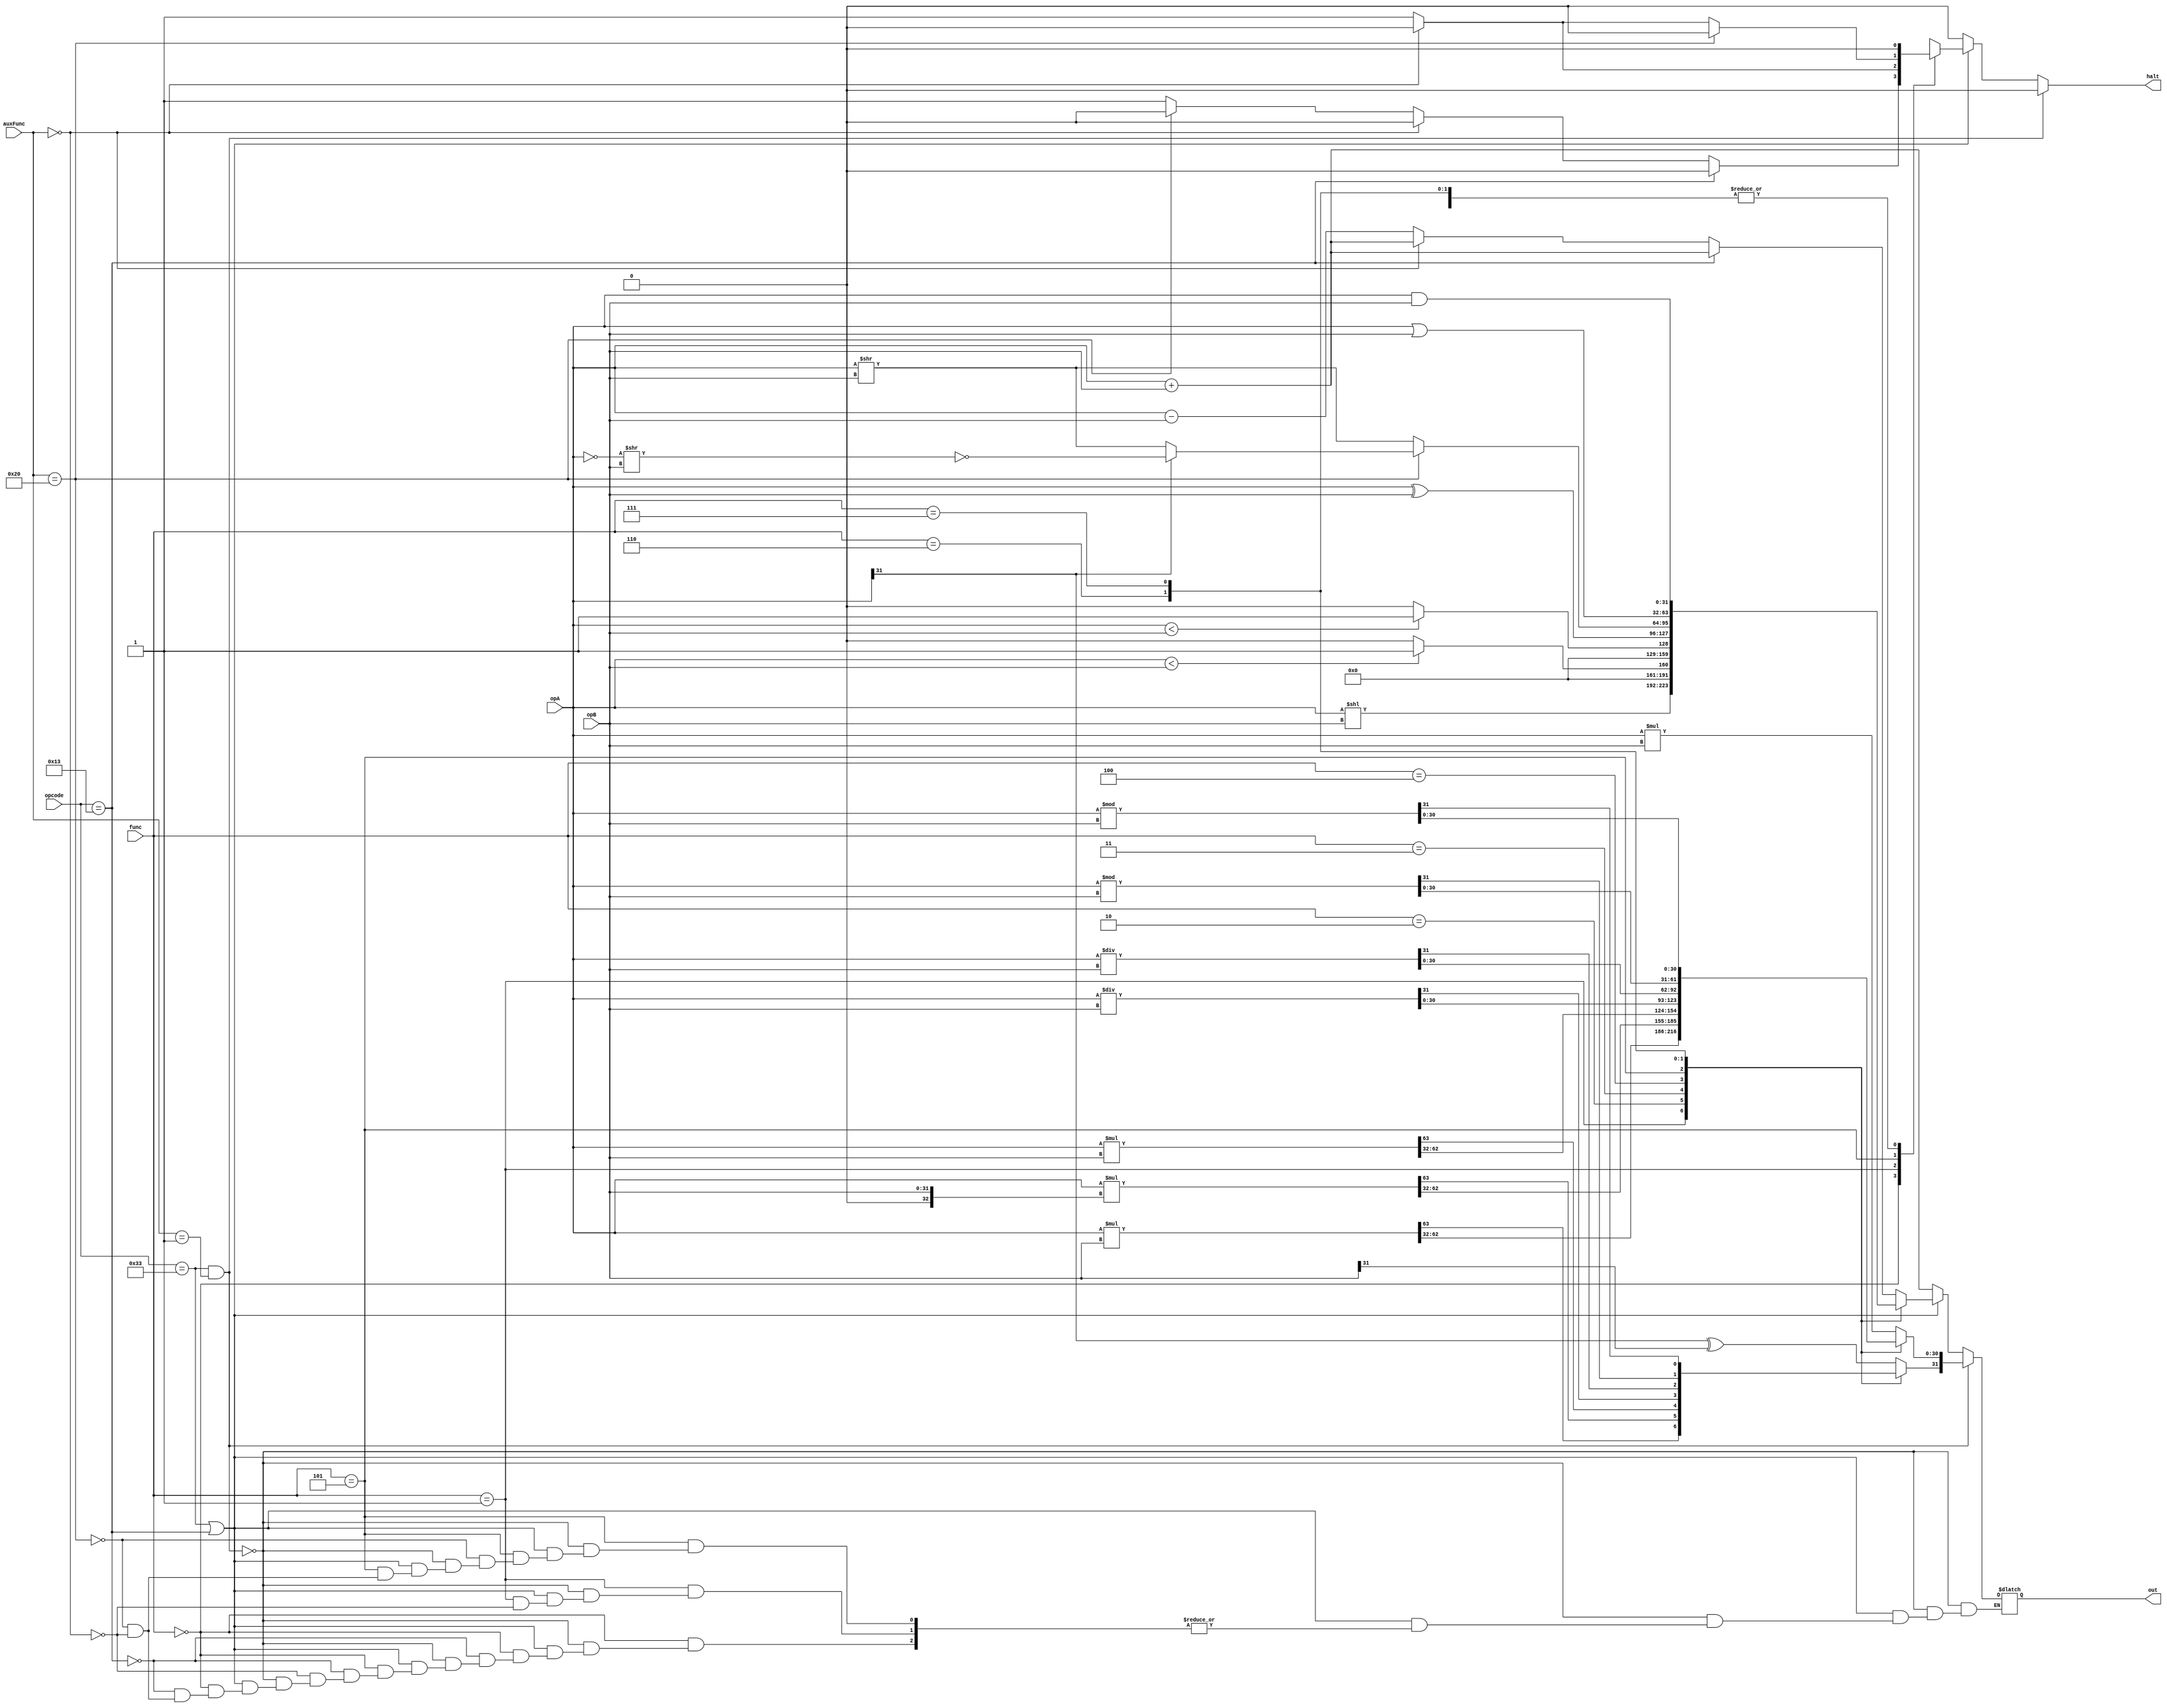
//
// defines
//

// size codes
`define SIZE_BYTE  2'b00
`define SIZE_HWORD 2'b01
`define SIZE_WORD  2'b10

// opcode types
`define OPCODE_COMPUTE    7'b0110011
`define OPCODE_ICOMPUTE   7'b0010011
`define OPCODE_BRANCH     7'b1100011
`define OPCODE_LOAD       7'b0000011
`define OPCODE_STORE      7'b0100011 
`define OPCODE_JAL        7'b1101111
`define OPCODE_JALR       7'b1100111
`define OPCODE_LUI        7'b0110111
`define OPCODE_AUIPC      7'b0010111

// immediate types
`define R_IMM 3'b000
`define I_IMM 3'b001
`define S_IMM 3'b010
`define B_IMM 3'b011
`define U_IMM 3'b100
`define J_IMM 3'b101
`define SI_IMM 3'b110

// branch Y/N
`define BR_FALSE 1'b0
`define BR_TRUE 1'b1

// writeback select codes
`define WB_ALU 2'b00
`define WB_MEM 2'b01
`define WB_PC4 2'b10
`define WB_IMM 2'b11
`define WB_UNDEF 2'bxx

// ALU select codes
`define ALU_A_REG 1'b0
`define ALU_A_PC  1'b1
`define ALU_B_REG 1'b0
`define ALU_B_IMM 1'b1

// PC source codes
`define PC_PCPLUS4 1'b0
`define PC_ALUOUT 1'b1

// Load size/type codes
`define LOAD_BYTE 3'b000
`define LOAD_HALF 3'b001
`define LOAD_WORD 3'b010
`define LOAD_BYTE_U 3'b100
`define LOAD_HALF_U 3'b101

// 
// ArithmeticLogicUnit
// in - opcode, opA, opB, funct3, funct7
// out - out, halt
module ArithmeticLogicUnit(opcode, opA, opB, func, auxFunc, out, halt);
    output reg [31:0] out;
    reg [63:0] mulout;
    output reg halt;
    input [6:0] opcode;
    input [31:0] opA, opB;
    input [2:0] func;
    input [6:0] auxFunc;

    wire signed [31:0] sopA, sopB;
    assign sopA = opA;
    assign sopB = opB;

    always @(*) begin
        halt = 1'b0; // default no halt
        if (opcode == `OPCODE_COMPUTE && auxFunc == 7'b0000001) begin 
            case (func)
                3'b000: begin 
                        out = {sopA * sopB};
                        out[31] = sopA[31] ^ sopB[31];
                end
                3'b001: begin 
                        mulout = sopA * sopB;
                        out = mulout[63:32];
                end
                3'b010: begin 
                    
                        mulout = sopA * $signed({32'b0, opB});
                        out = mulout[63:32];
                end
                3'b011: begin 
                        mulout = opA * opB;
                        out = mulout[63:32];
                end
                3'b100: out = sopA / sopB;
                3'b101: out = opA / opB;
                3'b110: out = sopA % sopB;
                3'b111: out = opA % opB;
                default: begin 
                    halt <= 1'b1;
                    out = 32'b0;
                end
            endcase
        end else if (opcode == `OPCODE_COMPUTE || opcode == `OPCODE_ICOMPUTE) begin
            case(func)
                3'b000: 
                    if (opcode == `OPCODE_ICOMPUTE)
                        out = opA + opB; // addi
                    else if (auxFunc == 7'h00)
                        out = opA + opB; // add
                    else if (auxFunc == 7'h20)
                        out = opA - opB; // sub 
                    else
                        halt = 1'b1; // invalid auxFunc
                3'b001: 
                    if(auxFunc == 7'h00)
                        out = opA << opB; // sll
                    else
                        halt = 1'b1; // invalid auxFunc
                3'b010: out = (sopA < sopB) ? 1 : 0; // slt
                3'b011: out = (opA < opB) ? 1 : 0; // sltu
                3'b100: out = opA ^ opB; // xor
                3'b101: // srl or sra
                    if(auxFunc == 7'h20) // sra
                        //out = sopA >>> opB; this works according to google but not with every compiler
                            out = (opA[31] == 1'b0) ? (opA >> opB) : (~(~opA >> opB));
                    else if (auxFunc == 7'h00) // srl
                        out = opA >> opB; 
                    else
                        halt = 1'b1; // invalid auxFunc
                3'b110: out = opA | opB; // or
                3'b111: out = opA & opB; // and
                default:
                    if (opcode == `OPCODE_COMPUTE && auxFunc != 7'h00)
                        halt = 1'b1; // invalid auxFunc (doesn't apply to i-type)
                    else
                        out = opA + opB; // default add
            endcase
        end
        else 
            out = opA + opB; // default add for all other instruction types
    end
endmodule

// Branch Unit
// in - opA, opB, funct3, opcode
// out - out, halt
// outputs 1 if branch is taken, 0 if not
module BranchUnit(opA, opB, funct3, opcode, out, halt);
  input [31:0] opA, opB;
  input [2:0] funct3;
  input [6:0] opcode;
  output reg out;
  output reg halt;

  wire signed [31:0] sopA, sopB;
  assign sopA = opA;
  assign sopB = opB;

  always @(*) begin
    halt = 1'b0;
    if (opcode == `OPCODE_JAL || opcode == `OPCODE_JALR) 
        out = `BR_TRUE; // if jal or jalr, always branch (jump)
        else if (opcode == `OPCODE_BRANCH)
            begin
                case(funct3)
                3'b000: out = (opA == opB) ? `BR_TRUE : `BR_FALSE; // beq
                3'b001: out = (opA != opB) ? `BR_TRUE : `BR_FALSE; // bne
                3'b100: out = (sopA < sopB) ? `BR_TRUE : `BR_FALSE; // blt
                3'b101: out = (sopA >= sopB) ? `BR_TRUE : `BR_FALSE; // bge
                3'b110: out = (opA < opB) ? `BR_TRUE : `BR_FALSE; // bltu
                3'b111: out = (opA >= opB) ? `BR_TRUE : `BR_FALSE; // bgeu
                default: 
                    if (opcode == `OPCODE_BRANCH)
                    halt = 1'b1; // if branch opcode but not a valid br instruction, halt
                    else
                    out = `BR_FALSE; // default
                endcase
            end
    else 
        out = `BR_FALSE; // default
  end
endmodule // Branch Unit

//
// ControlUnit
// in - opcode, funct3
// out - PCSel, ImmSel, RWrEn, ALUsrcA, ALUsrcB, MemWrEn, WBSel, halt
module ControlUnit(opcode, funct3, ImmSel, WBSel, PCSel, 
                    RWrEn, ALUsrcA, ALUsrcB, MemWrEn, LoadType, MemSize, halt);
    input [6:0] opcode;
    input [2:0] funct3;
    output reg [2:0] ImmSel, LoadType;
    output reg [1:0] WBSel, MemSize;
    output reg PCSel, RWrEn, ALUsrcA, ALUsrcB, MemWrEn;
    output reg halt;

    always @(*) begin
        halt = 1'b0; 
        case(opcode)
            `OPCODE_COMPUTE: // R-type instructions
                begin
                    PCSel = `PC_PCPLUS4; // PC source is PC+4
                    ImmSel = `R_IMM; // no immediate, 0s
                    RWrEn = 1'b0; // register write enabled
                    ALUsrcA = `ALU_A_REG; // ALU source A is register
                    ALUsrcB = `ALU_B_REG; // ALU source B is register
                    MemWrEn = 1'b1; // mem write disabled
                    WBSel = `WB_ALU; // write back ALU to register
                end
            `OPCODE_ICOMPUTE: // I-type instructions
                begin
                    PCSel = `PC_PCPLUS4; // PC source is PC+4
                    if (funct3 == 3'b001 || funct3 == 3'b101)
                        ImmSel = `SI_IMM; // I-type immediate for shifts
                    else
                        ImmSel = `I_IMM; // I-type immediate
                    RWrEn = 1'b0; // register write enabled
                    ALUsrcA = `ALU_A_REG; // ALU source A is register
                    ALUsrcB = `ALU_B_IMM; // ALU source B is immediate
                    MemWrEn = 1'b1; // mem write disabled
                    WBSel = `WB_ALU; // write back ALU to register
                end
            `OPCODE_LOAD: // Load instructions
                begin
                    PCSel = `PC_PCPLUS4; // PC source is PC+4
                    ImmSel = `I_IMM; // I-type immediate
                    RWrEn = 1'b0; // register write enabled
                    ALUsrcA = `ALU_A_REG; // ALU source A is register
                    ALUsrcB = `ALU_B_IMM; // ALU source B is immediate
                    MemWrEn = 1'b1; // mem write disabled
                    WBSel = `WB_MEM; // write back memory to register
                    LoadType = funct3;
                    case(funct3)
                        `LOAD_BYTE: MemSize = `SIZE_BYTE; // lb
                        `LOAD_HALF: MemSize = `SIZE_HWORD; // lh
                        `LOAD_WORD: MemSize = `SIZE_WORD; // lw
                        `LOAD_BYTE_U: MemSize = `SIZE_BYTE; // lbu
                        `LOAD_HALF_U: MemSize = `SIZE_HWORD; // lhu
                        default: halt = 1'b1; // invalid func3
                    endcase
                end
            `OPCODE_STORE: // Store instructions
                begin
                    PCSel = `PC_PCPLUS4; // PC source is PC+4
                    ImmSel = `S_IMM; // S-type immediate
                    RWrEn = 1'b1; // register write disabled
                    ALUsrcA = `ALU_A_REG; // ALU source A is register
                    ALUsrcB = `ALU_B_IMM; // ALU source B is immediate
                    MemWrEn = 1'b0; // mem write enabled
                    WBSel = `WB_UNDEF; // undefined writeback
                    case(funct3)
                        3'b000: MemSize = `SIZE_BYTE; // sb
                        3'b001: MemSize = `SIZE_HWORD; // sh
                        3'b010: MemSize = `SIZE_WORD; // sw
                        default: halt = 1'b1; // invalid func3
                    endcase
                end
            `OPCODE_BRANCH: // Branch instructions
                begin
                    PCSel = `PC_PCPLUS4; // assume never taken, will change if taken
                    ImmSel = `B_IMM; // B-type immediate
                    RWrEn = 1'b1; // register write disabled
                    ALUsrcA = `ALU_A_PC; // ALU source A is PC 
                    ALUsrcB = `ALU_B_IMM; // ALU source B is immediate
                    MemWrEn = 1'b1; // mem write disabled
                    WBSel = `WB_UNDEF; // undefined writeback
                end
            `OPCODE_JAL: // JAL
                begin
                    PCSel = `PC_ALUOUT; // PC source is ALU output 
                    ImmSel = `J_IMM; // J-type immediate 
                    RWrEn = 1'b0; // register write enabled
                    ALUsrcA = `ALU_A_PC; // ALU source A is PC 
                    ALUsrcB = `ALU_B_IMM; // ALU source B is immediate
                    MemWrEn = 1'b1; // mem write disabled
                    WBSel = `WB_PC4; // write PC + 4 to register
                end
            `OPCODE_JALR: // JALR
                begin
                    PCSel = `PC_ALUOUT; // PC source is ALU output 
                    ImmSel = `I_IMM; // I-type immediate 
                    RWrEn = 1'b0; // register write enabled
                    ALUsrcA = `ALU_A_REG; // ALU source A is register
                    ALUsrcB = `ALU_B_IMM; // ALU source B is immediate
                    MemWrEn = 1'b1; // mem write disabled
                    WBSel = `WB_PC4; // write PC + 4 to register
                end
            `OPCODE_LUI: // LUI
                begin
                    PCSel = `PC_PCPLUS4; // PC source is PC + 4 
                    ImmSel = `U_IMM; // U-type immediate 
                    RWrEn = 1'b0; // register write enabled
                    ALUsrcA = `ALU_A_REG; // ALU source A doesn't matter
                    ALUsrcB = `ALU_B_REG; // ALU source B doesn't matter
                    MemWrEn = 1'b1; // mem write disabled
                    WBSel = `WB_IMM; // write immediate back
                end
            `OPCODE_AUIPC: // AUIPC
                begin
                    PCSel = `PC_PCPLUS4; // PC source is PC + 4
                    ImmSel = `U_IMM; // U-type immediate 
                    RWrEn = 1'b0; // register write enabled
                    ALUsrcA = `ALU_A_PC; // ALU source A is PC
                    ALUsrcB = `ALU_B_IMM; // ALU source B is immediate
                    MemWrEn = 1'b1; // mem write disabled
                    WBSel = `WB_ALU; // write ALU to register
                end
            default:
                halt = 1'b1; // if not a valid opcode, halt signal
        endcase
    end
endmodule

module HazardUnit(RegA_ID, RegB_ID, opcode_ID, 
                    opcode_EX, Rdst_EX, opcode_MEM, Rdst_MEM, 
                    EX_stall, MEM_stall);
    input [4:0] RegA_ID, RegB_ID;
    input [6:0] opcode_ID;
    
    input [4:0] Rdst_EX, Rdst_MEM;
    input [6:0] opcode_EX, opcode_MEM;
    
    output reg EX_stall, MEM_stall;
    
    reg [1:0] ID_use;
    reg EX_affect, MEM_affect;

    always @(*) begin
        case(opcode_ID)
            `OPCODE_COMPUTE: ID_use = 2'b01;
            `OPCODE_ICOMPUTE: ID_use = 2'b10;
            `OPCODE_LOAD: ID_use = 2'b10;
            `OPCODE_STORE:  ID_use = 2'b01;
            `OPCODE_BRANCH: ID_use = 2'b01;
            default: ID_use = 2'b00;
        endcase

        case(opcode_EX)
            `OPCODE_COMPUTE: EX_affect = 1'b1;
            `OPCODE_ICOMPUTE: EX_affect = 1'b1;
            `OPCODE_LOAD: EX_affect = 1'b1;
            `OPCODE_AUIPC: EX_affect = 1'b1;
            `OPCODE_LUI: EX_affect = 1'b1;
            `OPCODE_JAL: EX_affect = 1'b1;
            `OPCODE_JALR: EX_affect = 1'b1;
            default: EX_affect = 1'b0;
        endcase

        case(opcode_MEM)
            `OPCODE_COMPUTE: MEM_affect = 1'b1;
            `OPCODE_ICOMPUTE: MEM_affect = 1'b1;
            `OPCODE_LOAD: MEM_affect = 1'b1;
            `OPCODE_AUIPC: MEM_affect = 1'b1;
            `OPCODE_LUI: MEM_affect = 1'b1;
            `OPCODE_JAL: MEM_affect = 1'b1;
            `OPCODE_JALR: MEM_affect = 1'b1;
            default: MEM_affect = 1'b0;
        endcase

        // hazard possible iff EX_affect and ID_use are NOT 0
        if ((ID_use != 2'b00) && (MEM_affect == 1'b1))
            begin
                case(ID_use)
                    2'b01: MEM_stall = (((RegA_ID == Rdst_MEM) || (RegB_ID == Rdst_MEM)) ? 1'b1 : 1'b0);
                    2'b10: MEM_stall = ((RegA_ID == Rdst_MEM) ? 1'b1 : 1'b0);
                    default: MEM_stall = 1'b0;
                endcase

                if(Rdst_MEM == 0)
                    MEM_stall = 1'b0;
            end
        else 
            MEM_stall = 1'b0;

        if ((ID_use != 2'b00) && (EX_affect == 1'b1))
            begin
                case(ID_use)
                    2'b01: EX_stall = (((RegA_ID == Rdst_EX) || (RegB_ID == Rdst_EX)) ? 1'b1 : 1'b0);
                    2'b10: EX_stall = ((RegA_ID == Rdst_EX) ? 1'b1 : 1'b0);
                    default: EX_stall = 1'b0;
                endcase

                if (Rdst_EX == 0)
                    EX_stall = 1'b0;
            end
        else 
            EX_stall = 1'b0;
    end
endmodule // HazardUnit

// ImmediateGenerator
// in - InstWord, ImmSel
// out - immediate
module ImmediateGenerator(InstWord, ImmSel, immediate);
    input [31:0] InstWord;
    input [2:0] ImmSel;
    output reg [31:0] immediate;

    always @(*) begin
    case(ImmSel)
      `R_IMM: // R-type imm (nothing)
        immediate = 32'b0;
      `I_IMM: // I-type imm (upper 12 bits of instruction, sign extended)
        immediate = { {20{InstWord[31]}}, InstWord[31:20] };
      `S_IMM: // S-type imm (upper 7 bits of instruction + 4 more bits (11:7), sign extended)
        immediate = { {20{InstWord[31]}}, InstWord[31:25], InstWord[11:7] };
      `B_IMM: // B-type imm (bit 31, bit 7, 6 bits (30:25), 4 bits (11:8), 1'b0 for x2, sign extended)
        immediate = { {19{InstWord[31]}}, InstWord[31], InstWord[7], InstWord[30:25], InstWord[11:8], 1'b0 };
      `U_IMM: // U-type imm (upper 20 bits of instruction, shifted left 12 bits)
        immediate = { {12{InstWord[31]}}, InstWord[31:12], 12'b0 };
      `J_IMM: // J-type imm (bit 31, bits 19:12, bit 20, bits 30:21, 1'b0 for x2, sign extended)
        immediate = { {11{InstWord[31]}}, InstWord[31], InstWord[19:12], InstWord[20], InstWord[30:21], 1'b0 };
      `SI_IMM: // I-type imm for shifts (lower 5 bits of instruction)
        immediate = { {27{1'b0}}, InstWord[24:20] };
    endcase
  end
endmodule // END ImmediateGenerator

module MemSext(MemReadIn, LoadType, MemReadOut);
    input [31:0] MemReadIn;
    input [2:0] LoadType;
    output reg [31:0] MemReadOut;

    always@(*) begin
        case(LoadType)
            `LOAD_BYTE: MemReadOut = { {24{MemReadIn[7]}}, MemReadIn[7:0] }; // lb
            `LOAD_HALF: MemReadOut = { {16{MemReadIn[15]}}, MemReadIn[15:0] }; // lh
            `LOAD_BYTE_U: MemReadOut = { {24{1'b0}}, MemReadIn[7:0] }; // lbu
            `LOAD_HALF_U: MemReadOut = { {16{1'b0}}, MemReadIn[15:0] }; // lhu
            default: MemReadOut = MemReadIn; // default word size
        endcase
    end
endmodule

module SizeCheck(MemAddress, opcode, MemSize, halt);
    input [31:0] MemAddress;
    input [6:0] opcode;
    input [1:0] MemSize;
    output reg halt;

    always @(*) begin
        // only consider misalignment halts for ld/str
        if ((opcode == `OPCODE_LOAD) || opcode == `OPCODE_STORE) begin
            case(MemSize)
                // check if lowest bits are 0, if yes aligned, if no misaligned
                `SIZE_HWORD: halt = ((MemAddress[0] == 1'b0) ? 1'b0 : 1'b1);
                `SIZE_WORD: halt = ((MemAddress[1:0] == 2'b00) ? 1'b0 : 1'b1);
                default: halt = 1'b0; // bytes can't be misaligned
            endcase
        end else
            halt = 1'b0;
    end
endmodule

module PCAlign(PC, doBranch, halt);
    input [31:0] PC;
    input doBranch;
    output reg halt;

    always @(*) begin
        if (doBranch == 1'b1) 
            // check if lowest bits are 0, if yes aligned, if no misaligned
            halt = ((PC[1:0] == 2'b00) ? 1'b0 : 1'b1);
        else
            halt = 1'b0;
    end
endmodule